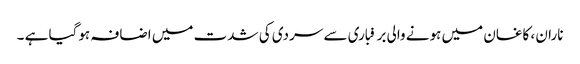
ناران ، کاغان میں ہونے والی برفباری سے سردی کی شدت میں اضافہ ہوگیا ہے ۔